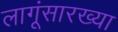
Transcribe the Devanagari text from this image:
लागूंसारख्या